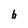
Character: b